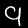
Digit: 9